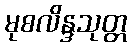
မုစလိန္ဒသုတ္တ